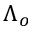
\Lambda _ { o }